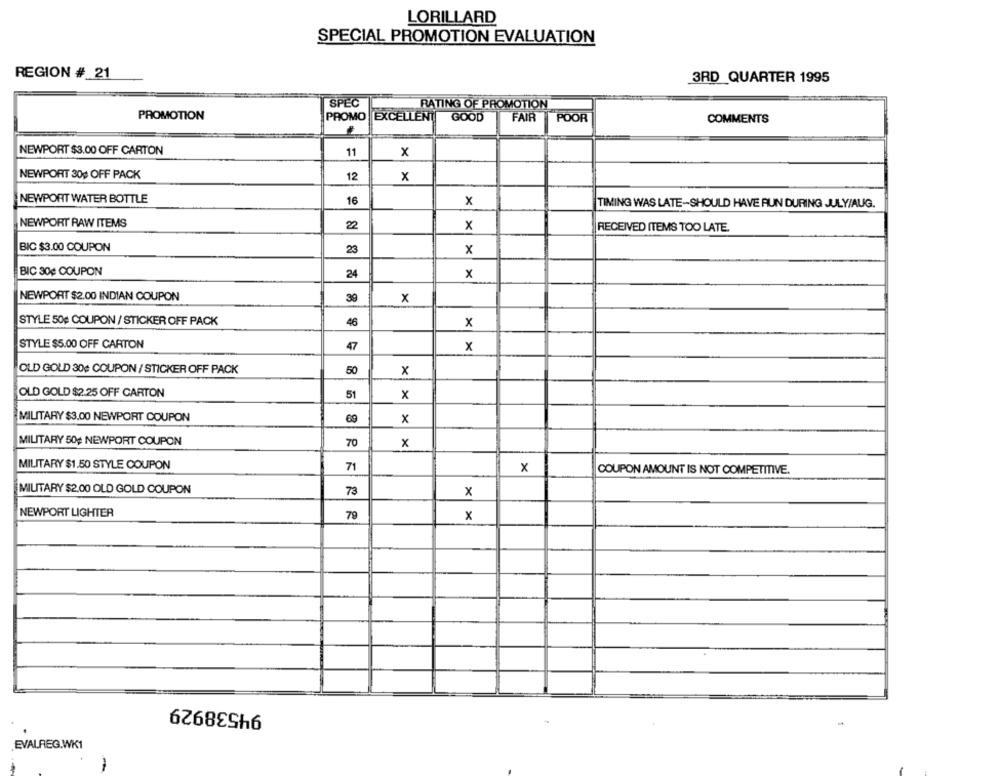
LORILLARD
SPECIAL PROMOTION EVALUATION
REGION # 21
3RD QUARTER 1995
SPEC
RATING OF PROMOTION
PROMOTION
PROMO EXCELLENT
GOOD
FAIR
POOR
COMMENTS
NEWPORT $3.00 OFF CARTON
11
x
NEWPORT 30¢ OFF PACK
12
x
NEWPORT WATER BOTTLE
16
x
TIMING WAS LATE-SHOULD HAVE RUN DURING JULY/AUG.
NEWPORT RAW ITEMS
22
x
RECEIVED ITEMS TOO LATE.
BIC $3.00 COUPON
23
x
BIC 30¢ COUPON
24
x
NEWPORT $2.00 INDIAN COUPON
x
STYLE 50¢ COUPON / STICKER OFF PACK
46
x
STYLE $5.00 OFF CARTON
47
x
OLD GOLD 30¢ COUPON / STICKER OFF PACK
50
x
OLD GOLD $2.25 OFF CARTON
51
x
MILITARY $3,00 NEWPORT COUPON
69
x
MILITARY 50¢ NEWPORT COUPON
70
x
MILITARY $1.50 STYLE COUPON
71
x
COUPON AMOUNT IS NOT COMPETITIVE.
MILITARY $2,00 OLD GOLD COUPON
73
x
NEWPORT LIGHTER
79
x
94538929
-
EVALREG.WK1
-